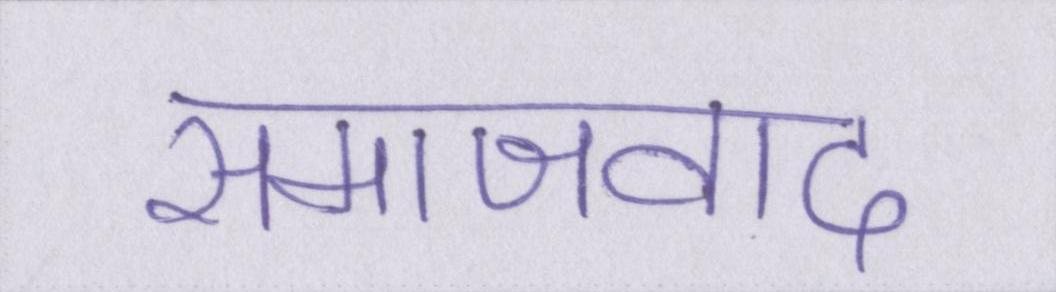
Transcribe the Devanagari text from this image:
समाजवाद